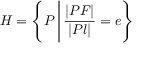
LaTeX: H = \left\{ P \, { \Biggr | } \, { \frac { | P F | } { | P l | } } = e \right\}